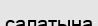
салатына